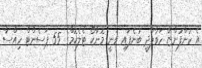
އެ ކުންފުންޏާ ހަވާލާދީ ބުނެފައި ވަނީ މޮނާކޯ ޓެލެކޮމްގެ 55 ޕަސެންޓް ހިއްސާ